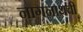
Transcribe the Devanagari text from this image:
नागनाथची